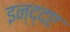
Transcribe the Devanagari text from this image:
इन्द्दए